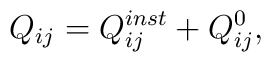
Q_{ij}=Q^{inst}_{ij}+Q^0_{ij}, \